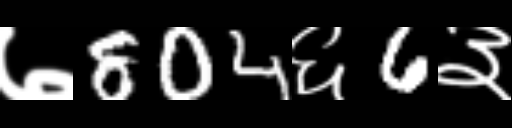
Text: ७804६6३